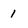
Character: 1